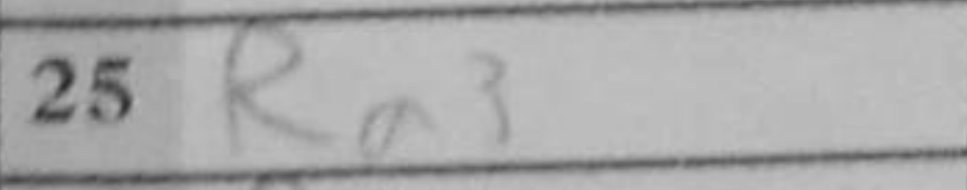
Transcription: Ra3